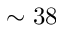
\sim 3 8